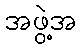
အဖွဲ့အ